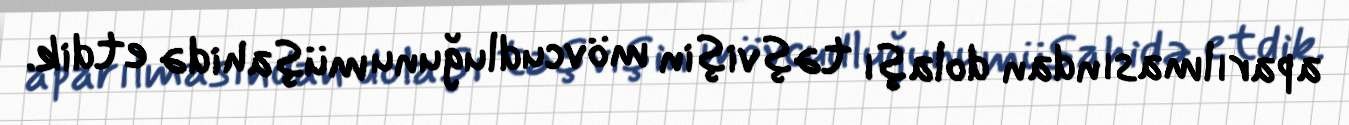
aparılmasından dolaşı təşvişin mövcudluğunu müşahidə etdik.